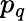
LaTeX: p_{q}